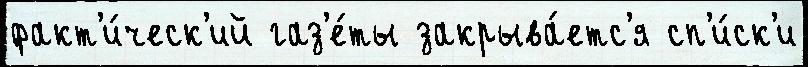
факт'и́ческ'ий газ'е́ты закрыва́етс'я сп'и́ск'и